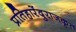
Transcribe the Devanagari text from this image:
प्रतिहारेंदुराजकृत